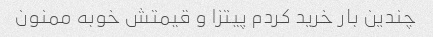
چندین بار خرید کردم پیتزا و قیمتش خوبه ممنون